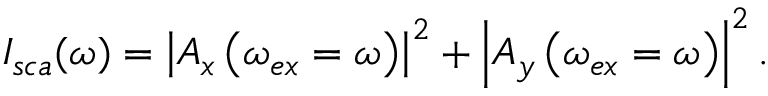
I _ { s c a } ( \omega ) = \left| A _ { x } \left( \omega _ { e x } = \omega \right) \right| ^ { 2 } + \left| A _ { y } \left( \omega _ { e x } = \omega \right) \right| ^ { 2 } .